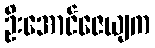
ဦးအောင်ဇေယျက